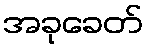
အခုခေတ်